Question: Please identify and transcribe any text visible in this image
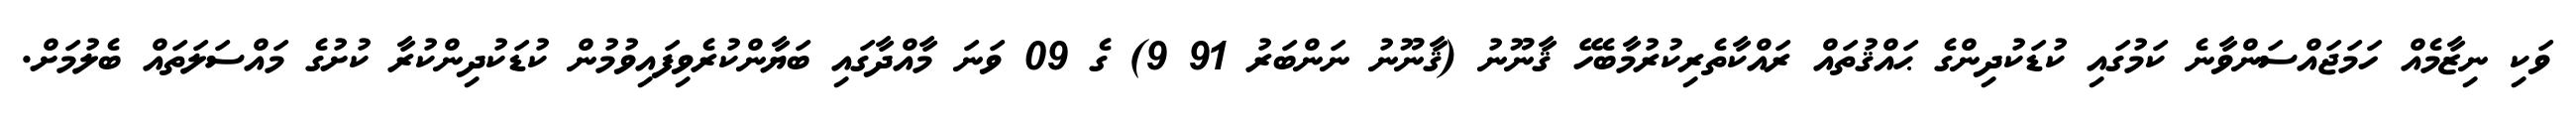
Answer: ވަކި ނިޒާމެއް ހަމަޖައްސަންވާނެ ކަމުގައި ކުޑަކުދިންގެ ޙައްޤުތައް ރައްކާތެރިކުރުމާބެހޭ ޤާނޫނު (ޤާނޫނު ނަންބަރު 91 9) ގެ 09 ވަނަ މާއްދާގައި ބަޔާންކުރެވިފައިވުމުން ކުޑަކުދިންކުރާ ކުށުގެ މައްސަލަތައް ބެލުމަށް.